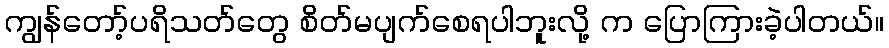
ကျွန်တော့်ပရိသတ်တွေ စိတ်မပျက်စေရပါဘူးလို့ က ပြောကြားခဲ့ပါတယ်။